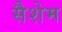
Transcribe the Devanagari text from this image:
सैशेम